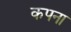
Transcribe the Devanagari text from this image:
कपना